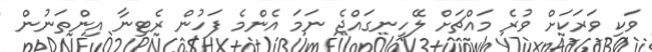
ވަކި ވަރަކަށް ވުރެ މައްޗަށް ލޭހިނގައްޖެ ނަމަ އެންމެ ފަހުން ރެޓިނާ އިންތަނުން